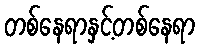
တစ်နေရာနှင့်တစ်နေရာ